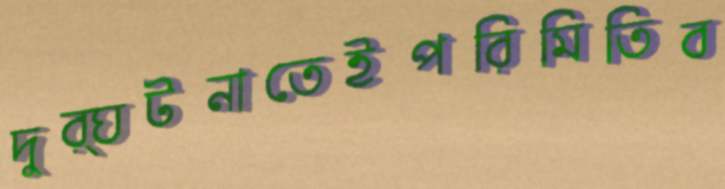
দুর্ঘটনাতেইপরিমিতিব